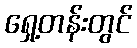
ရှေ့တန်းတွင်